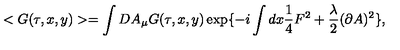
< G ( \tau , x , y ) > = \int D A _ { \mu } G ( \tau , x , y ) \exp \{ - i \int d x \frac { 1 } { 4 } F ^ { 2 } + \frac { \lambda } { 2 } ( \partial A ) ^ { 2 } \} ,